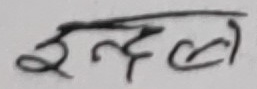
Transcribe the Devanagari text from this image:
इन्दली